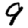
Digit: 9